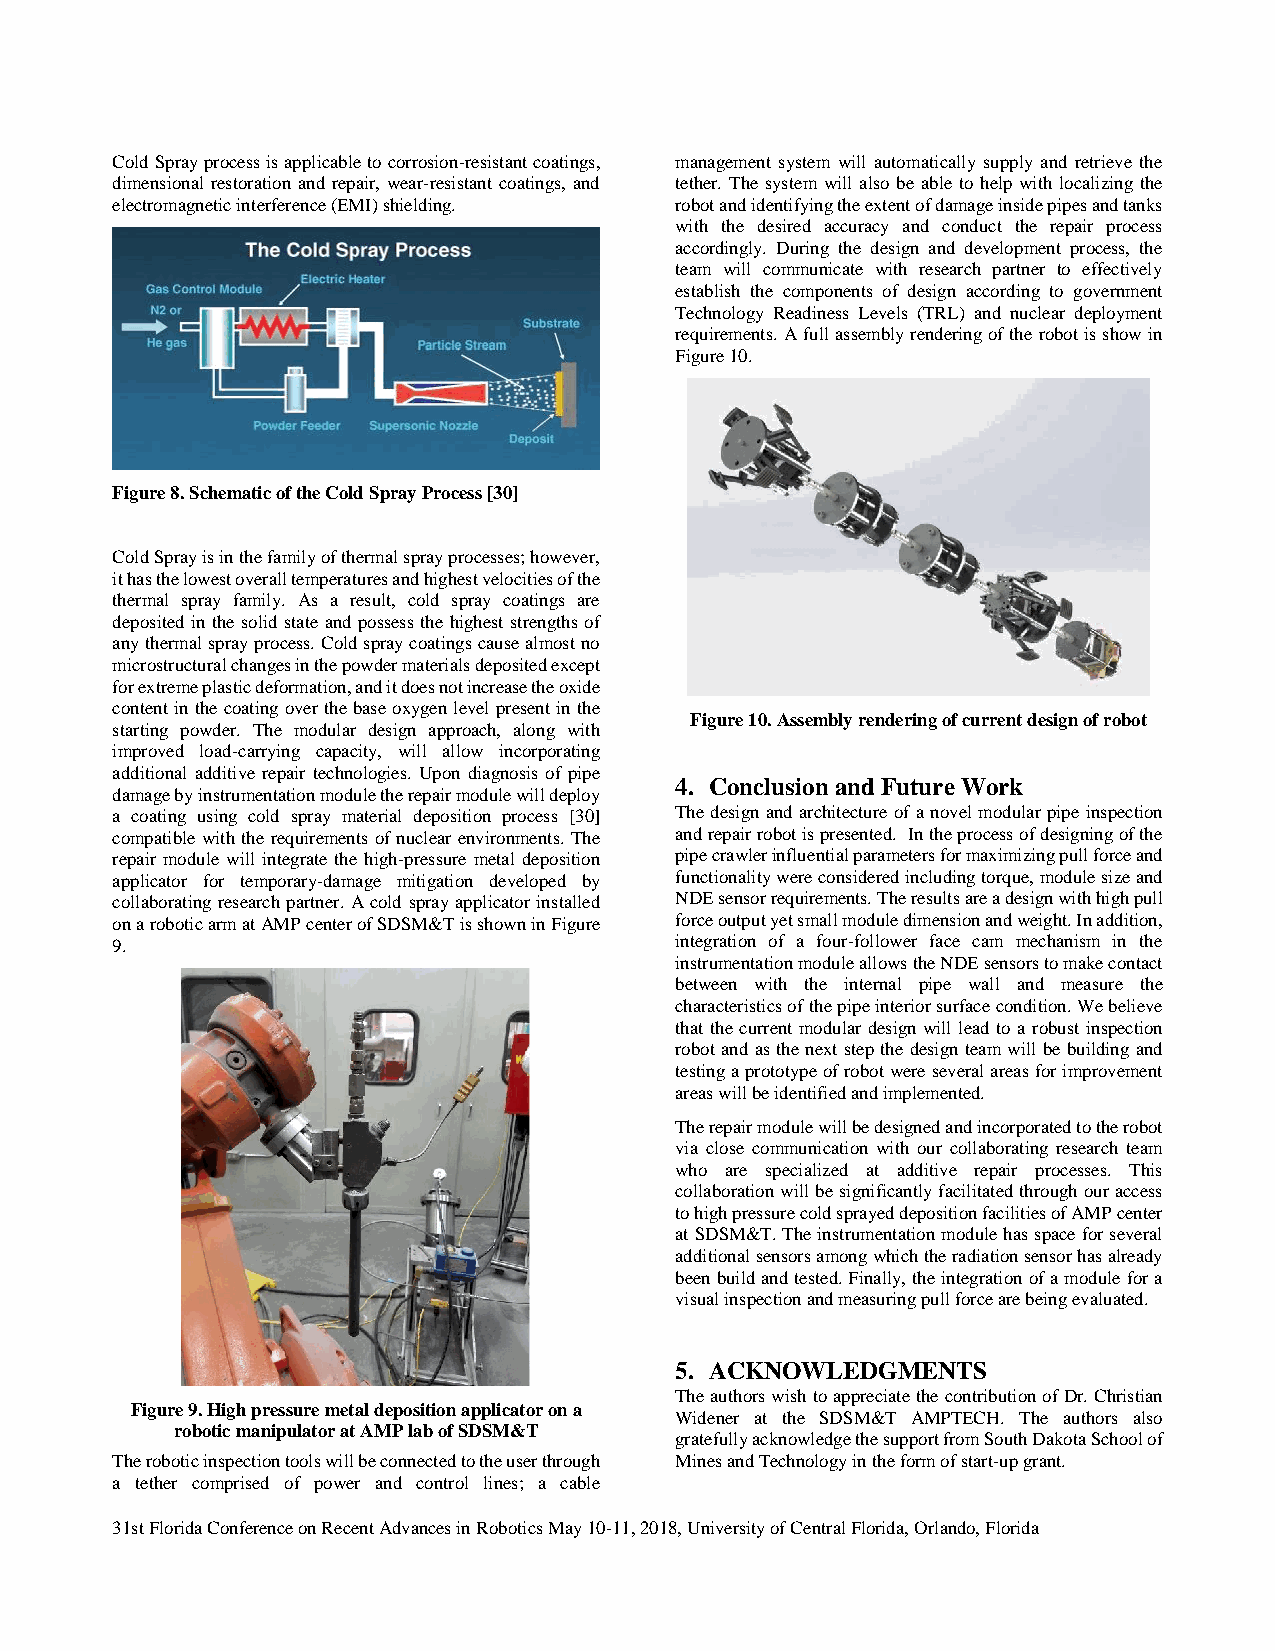
Cold Spray process is applicable to corrosion-resistant coatings, management system will automatically supply and retrieve the
 dimensional restoration and repair, wear-resistant coatings, and tether. The system will also be able to help with localizing the
 electromagnetic interference (EMI) shielding. robot and identifying the extent of damage inside pipes and tanks
 with the desired accuracy and conduct the repair process
 accordingly. During the design and development process, the
 team will communicate with research partner to effectively
 establish the components of design according to government
 Technology Readiness Levels (TRL) and nuclear deployment
 requirements. A full assembly rendering of the robot is show in
 Figure 10.
 Figure 8. Schematic of the Cold Spray Process [30]
 Cold Spray is in the family of thermal spray processes; however,
 it has the lowest overall temperatures and highest velocities of the
 thermal spray family. As a result, cold spray coatings are
 deposited in the solid state and possess the highest strengths of
 any thermal spray process. Cold spray coatings cause almost no
 microstructural changes in the powder materials deposited except
 for extreme plastic deformation, and it does not increase the oxide
 content in the coating over the base oxygen level present in the
 Figure 10. Assembly rendering of current design of robot
 starting powder. The modular design approach, along with
 improved load-carrying capacity, will allow incorporating
 additional additive repair technologies. Upon diagnosis of pipe
 4. Conclusion and Future Work
 damage by instrumentation module the repair module will deploy
 a coating using cold spray material deposition process [30] The design and architecture of a novel modular pipe inspection
 compatible with the requirements of nuclear environments. The and repair robot is presented. In the process of designing of the
 repair module will integrate the high-pressure metal deposition pipe crawler influential parameters for maximizing pull force and
 applicator for temporary-damage mitigation developed by functionality were considered including torque, module size and
 collaborating research partner. A cold spray applicator installed NDE sensor requirements. The results are a design with high pull
 on a robotic arm at AMP center of SDSM&T is shown in Figure force output yet small module dimension and weight. In addition,
 9.                                    integration of a four-follower face cam mechanism in the
 instrumentation module allows the NDE sensors to make contact
 between with the internal pipe wall and measure the
 characteristics of the pipe interior surface condition. We believe
 that the current modular design will lead to a robust inspection
 robot and as the next step the design team will be building and
 testing a prototype of robot were several areas for improvement
 areas will be identified and implemented.
 The repair module will be designed and incorporated to the robot
 via close communication with our collaborating research team
 who are specialized at additive repair processes. This
 collaboration will be significantly facilitated through our access
 to high pressure cold sprayed deposition facilities of AMP center
 at SDSM&T. The instrumentation module has space for several
 additional sensors among which the radiation sensor has already
 been build and tested. Finally, the integration of a module for a
 visual inspection and measuring pull force are being evaluated.
 5. ACKNOWLEDGMENTS
 The authors wish to appreciate the contribution of Dr. Christian
 Figure 9. High pressure metal deposition applicator on a
 Widener at the SDSM&T AMPTECH. The authors also
 robotic manipulator at AMP lab of SDSM&T
 gratefully acknowledge the support from South Dakota School of
 The robotic inspection tools will be connected to the user through Mines and Technology in the form of start-up grant.
 a tether comprised of power and control lines; a cable
 31st Florida Conference on Recent Advances in Robotics May 10-11, 2018, University of Central Florida, Orlando, Florida